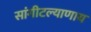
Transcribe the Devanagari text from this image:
सांगीटल्याणाय